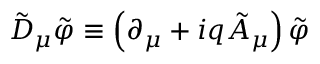
\tilde { D } _ { \mu } \tilde { \varphi } \equiv \left( \partial _ { \mu } + i q \tilde { A } _ { \mu } \right) \tilde { \varphi }